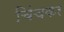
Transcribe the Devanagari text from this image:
चिंचकर